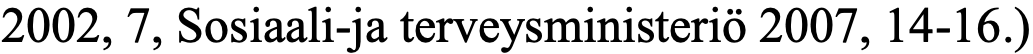
2002, 7, Sosiaali-ja terveysministeriö 2007, 14-16.)